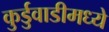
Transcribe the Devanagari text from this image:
कुर्डुवाडीमध्ये